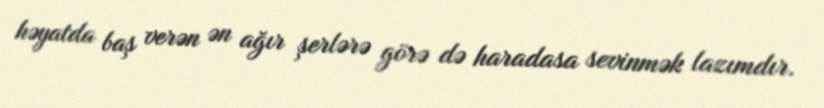
həyatda baş verən ən ağır şerlərə görə də haradasa sevinmək lazımdır.